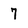
Character: 7